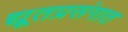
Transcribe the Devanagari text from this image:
द्यूतप्रसंगात